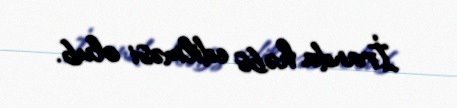
İranda həbs edilməsi olub.